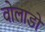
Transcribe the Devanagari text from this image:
वोलाडो